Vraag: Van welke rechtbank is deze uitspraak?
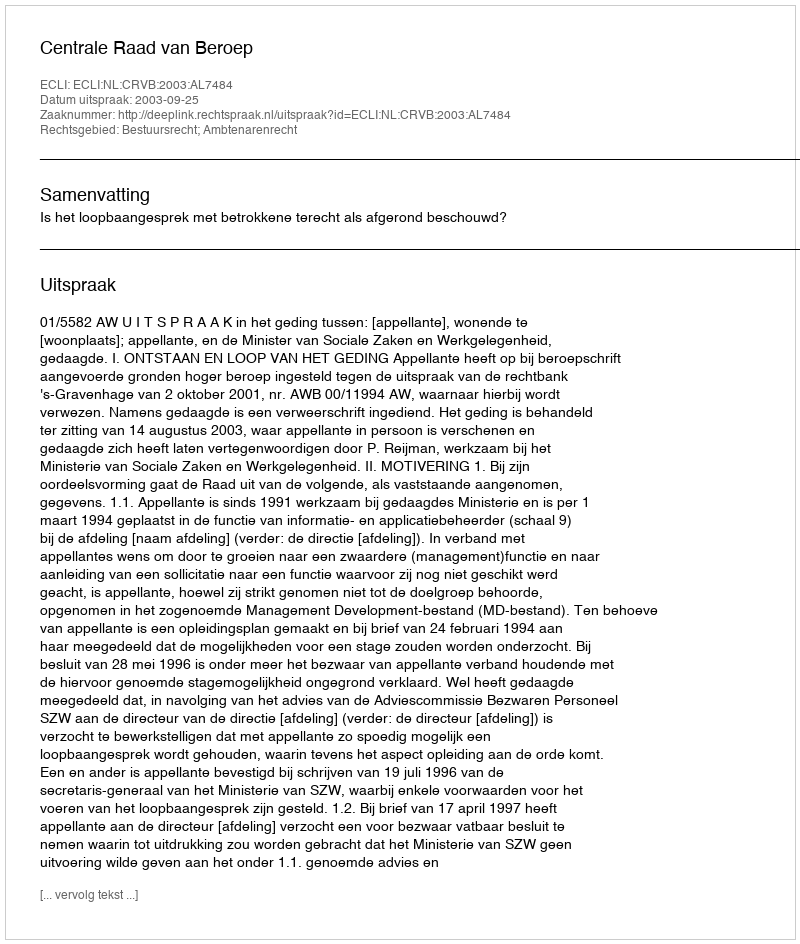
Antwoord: Centrale Raad van Beroep